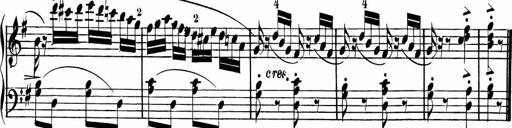
Title: Rosen ohne Dornen
Composer: Gustav Lange